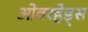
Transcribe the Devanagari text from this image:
ओवरहेड्स